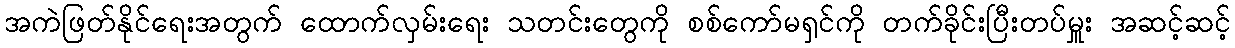
အကဲဖြတ်နိုင်ရေးအတွက် ထောက်လှမ်းရေး သတင်းတွေကို စစ်ကော်မရှင်ကို တက်ခိုင်းပြီးတပ်မှူး အဆင့်ဆင့်